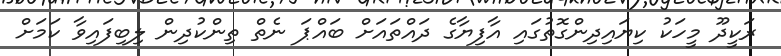
ރަކީދޫ މީހަކު ކިޔައިދިންގޮތުގައި އާފިޔާގެ ދައްތައަށް ބައްޕަ ނެތް ތިންކުދިން ލިބިފައިވާ ކަމަށް